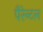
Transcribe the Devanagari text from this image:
पैरेन्टल